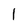
Character: 1